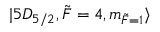
\lvert 5 D _ { 5 / 2 } , \Tilde { F } = 4 , m _ { \Tilde { F } = 1 } \rangle